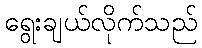
ရွေးချယ်လိုက်သည်